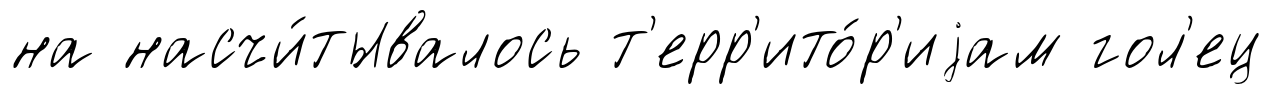
на насчи́тывалось т'ерр'ито́р'иjам гол'ец